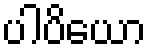
ပါပိယော